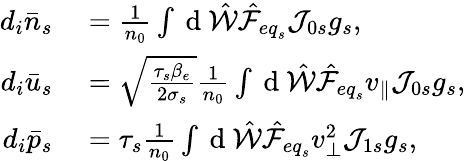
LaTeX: \begin{array}{rl}{d_{i}\bar{n}_{s}}&{{}=\frac{1}{n_{0}}\int\mathrm{~d~}\hat{\mathcal{W}}\hat{\mathcal{F}}_{{eq}_{s}}\mathcal{J}_{0s}g_{s},}\\ {d_{i}\bar{u}_{s}}&{{}=\sqrt{\frac{\tau_{s}\beta_{e}}{2\sigma_{s}}}\frac{1}{n_{0}}\int\mathrm{~d~}\hat{\mathcal{W}}\hat{\mathcal{F}}_{{eq}_{s}}v_{\parallel}\mathcal{J}_{0s}g_{s},}\\ {d_{i}\bar{p}_{s}}&{{}=\tau_{s}\frac{1}{n_{0}}\int\mathrm{~d~}\hat{\mathcal{W}}\hat{\mathcal{F}}_{{eq}_{s}}v_{\perp}^{2}\mathcal{J}_{1s}g_{s},}\end{array}